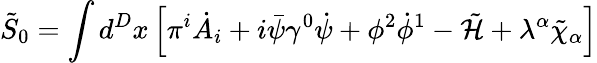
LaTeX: \tilde{S}_{0}=\int d^{D}x\left[\pi^{i}\dot{A}_{i}+i\bar{\psi}\gamma^{0}\dot{\psi}+\phi^{2}\dot{\phi}^{1}-\tilde{\cal H}+\lambda^{\alpha}\tilde{\chi}_{\alpha}\right]